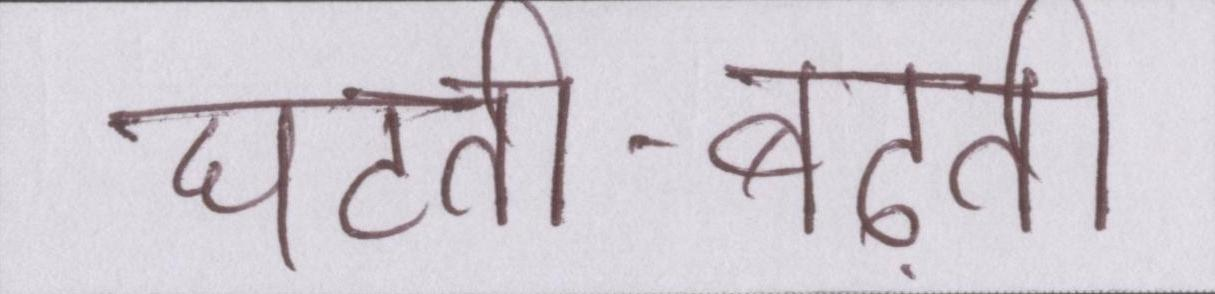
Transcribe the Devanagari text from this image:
घटती-बढ़ती